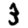
Digit: 3